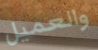
والعميل